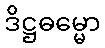
ဒိဋ္ဌဓမ္မော